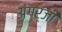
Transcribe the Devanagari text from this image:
अंग्र्जी